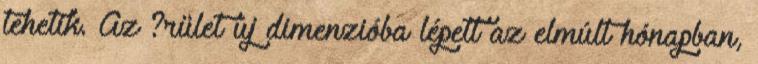
tehetik. Az ?rület új dimenzióba lépett az elmúlt hónapban,